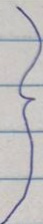
}